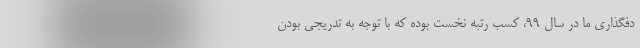
دفگذاری ما در سال ۹۹، کسب رتبه نخست بوده که با توجه به تدریجی بودن